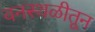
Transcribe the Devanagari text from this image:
वनस्थळीतून